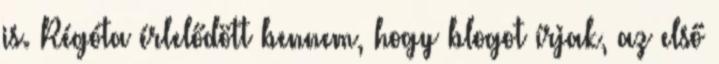
is. Régóta érlelődött bennem, hogy blogot írjak, az első